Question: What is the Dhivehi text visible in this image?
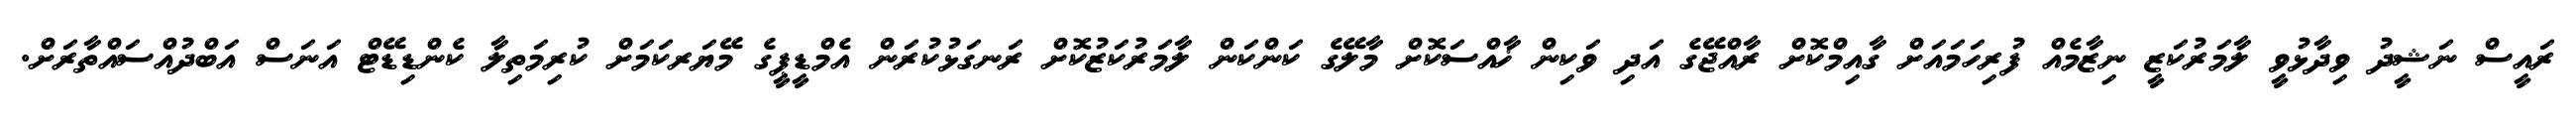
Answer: ރައީސް ނަޝީދު ވިދާޅުވީ ލާމަރުކަޒީ ނިޒާމެއް ފުރިހަމައަށް ގާއިމްކޮށް ރާއްޖޭގެ އަދި ވަކިން ޚާއްސަކޮށް މާލޭގެ ކަންކަން ލާމަރުކަޒުކޮށް ރަނގަޅުކުރަން އެމްޑީޕީގެ މޭޔަރކަމަށް ކުރިމަތިލާ ކެންޑިޑޭޓް އަނަސް އަބްދުއްސައްތާރަށް.